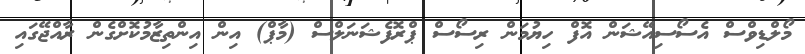
މޯލްޑިވްސް އެސޯސިއޭޝަން އޮފް ހިޔުމަން ރިސޯސް ޕްރޮފެޝަނަލްސް (މާޕް) އިން އިންތިޒާމުކޮށްގެން ރާއްޖޭގައި